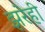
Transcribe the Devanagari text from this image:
झरेही